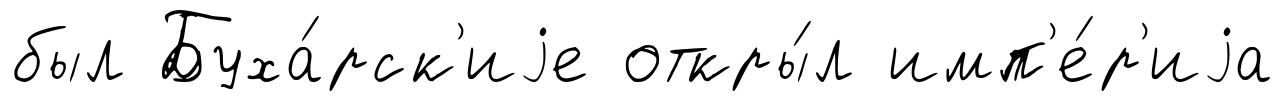
был Буха́рск'иjе откры́л имп'е́р'иjа